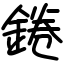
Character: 錈